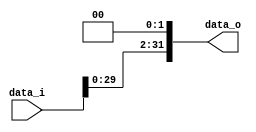

module Shift_Left_Two_32(
    data_i,
    data_o
    );

//I/O ports
input [32-1:0] data_i;
output [32-1:0] data_o;

assign data_o = data_i << 2;


endmodule